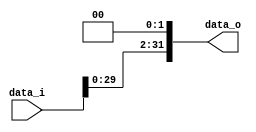

module Shift_Left_Two_32(
    data_i,
    data_o
    );

//I/O ports
input [32-1:0] data_i;
output [32-1:0] data_o;

assign data_o = data_i << 2;


endmodule